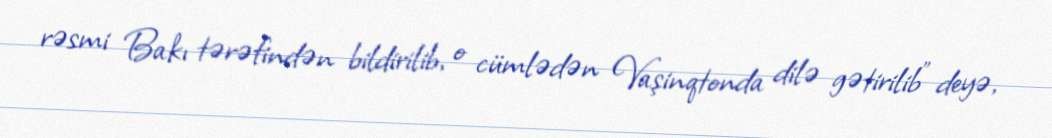
rəsmi Bakı tərəfindən bildirilib, o cümlədən Vaşinqtonda dilə gətirilib” deyə,